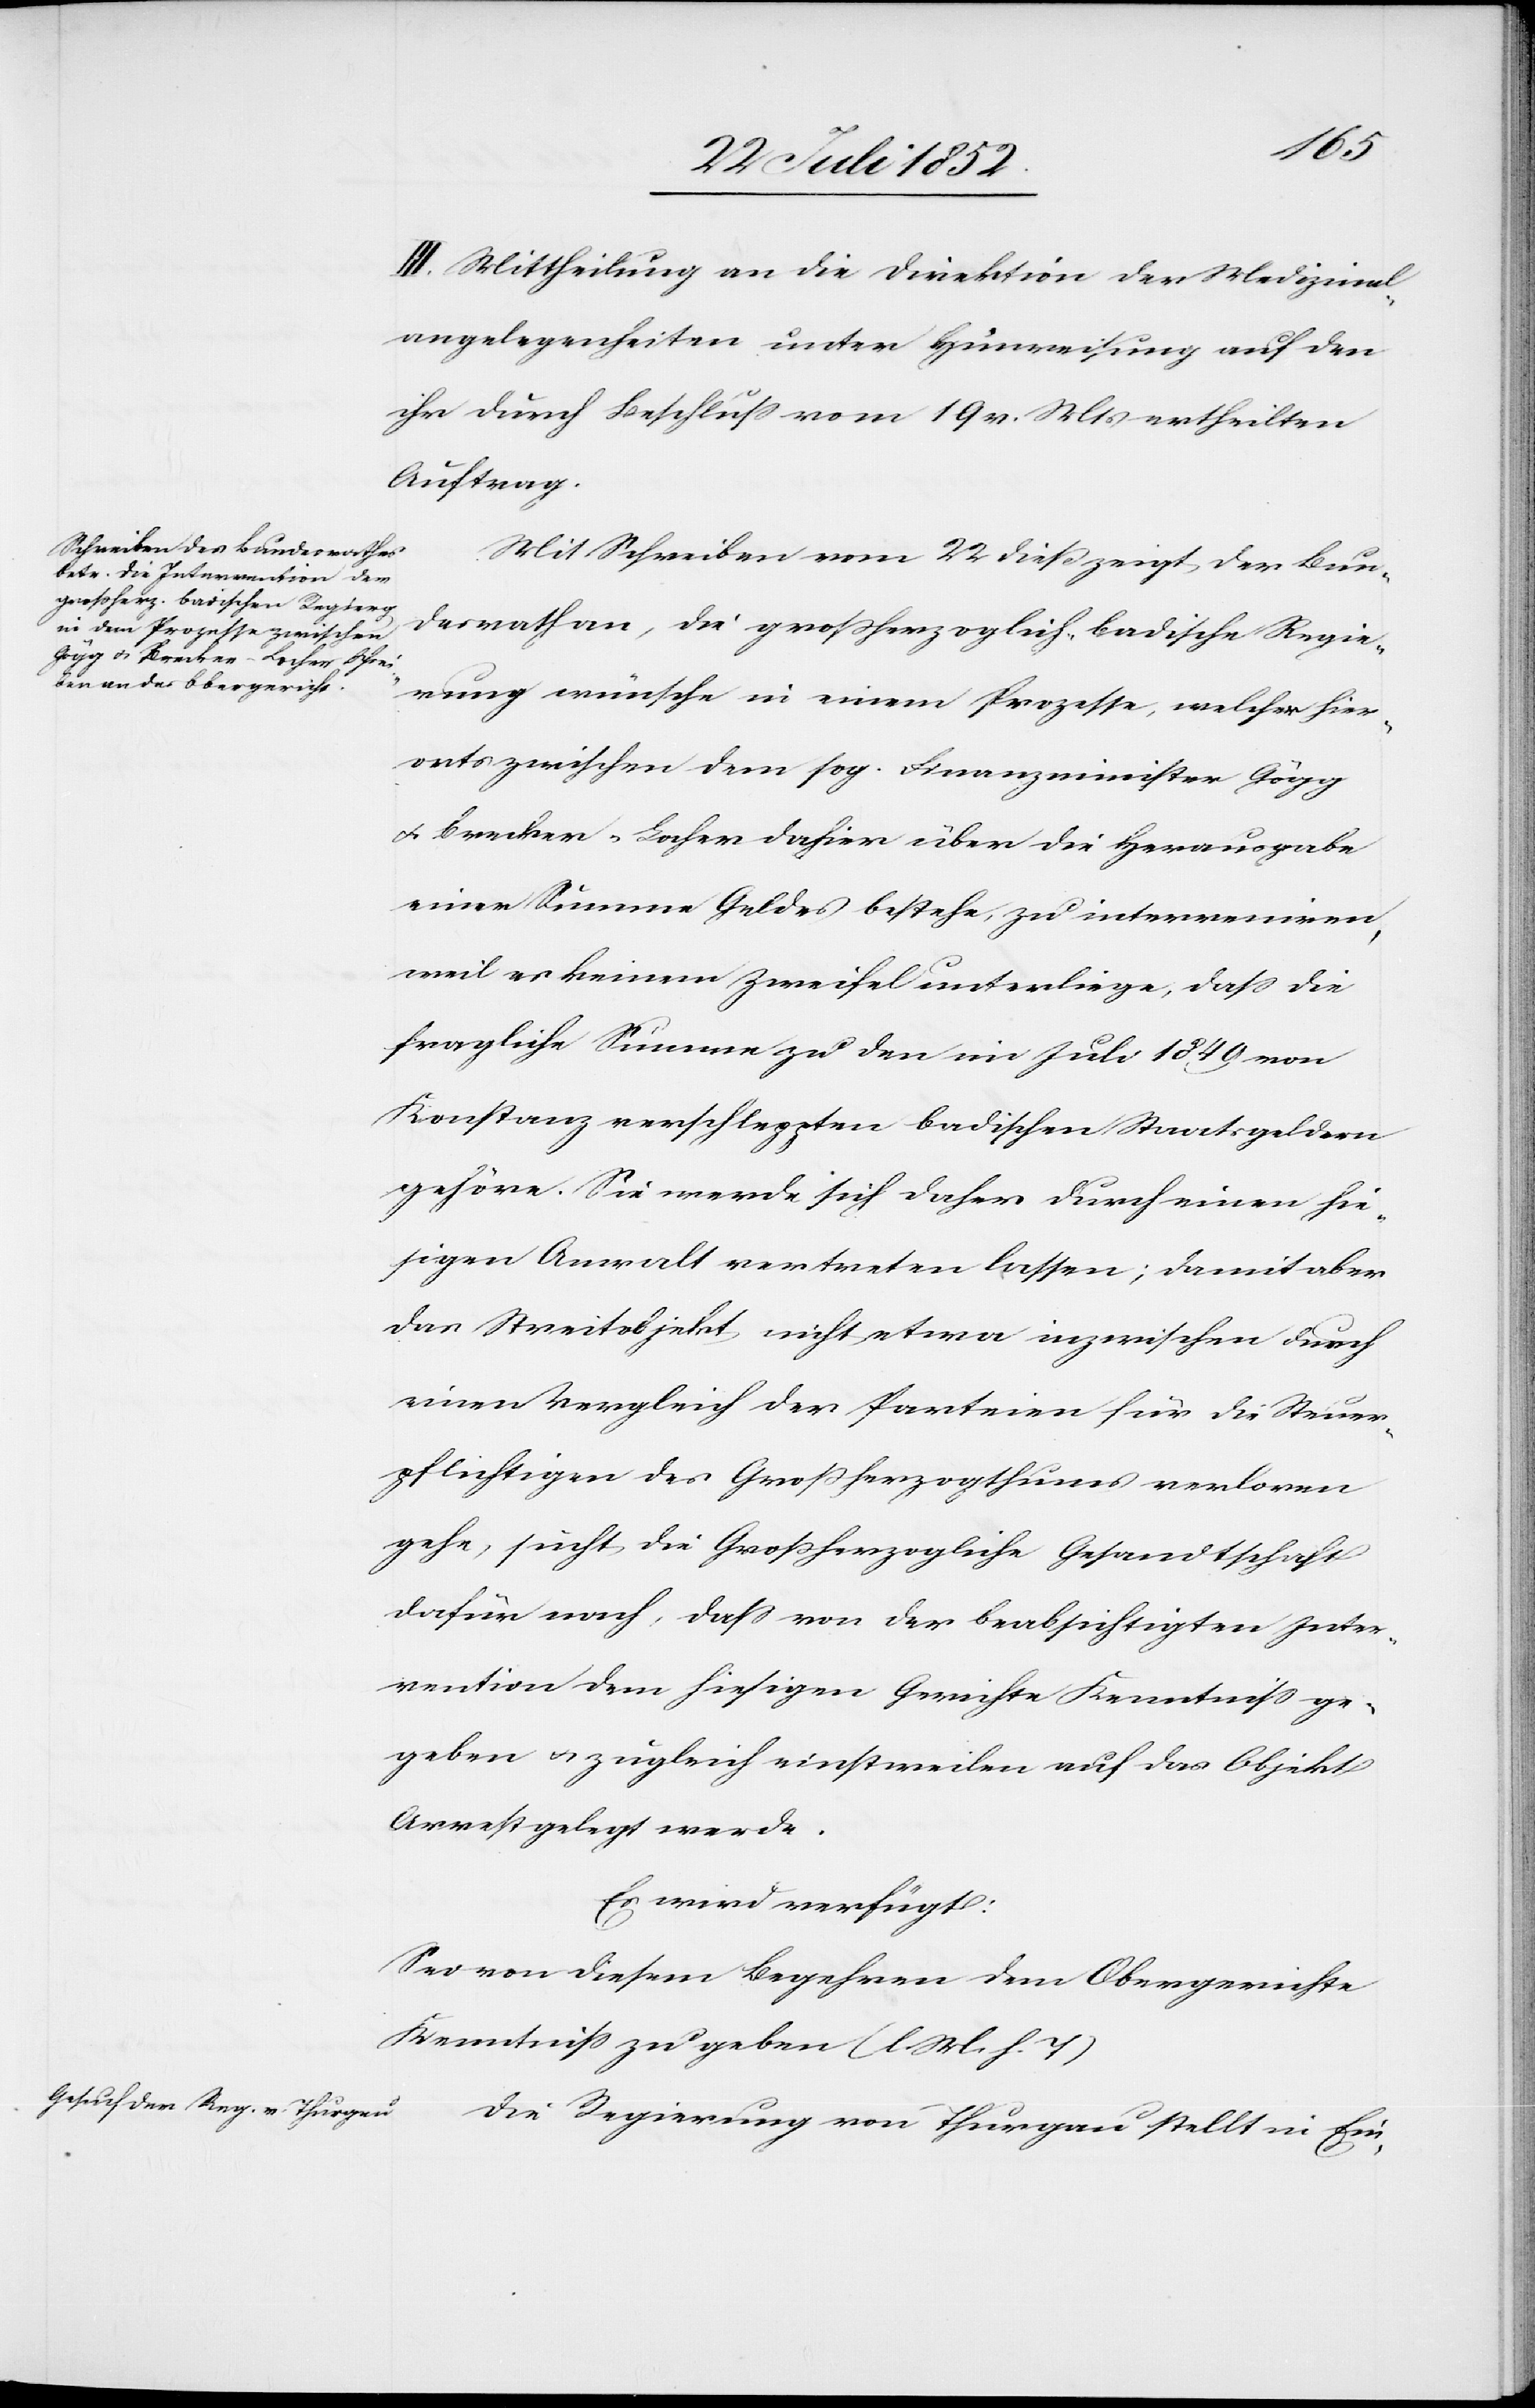
24. Juli 1852.]
III. Mittheilung an die Direktion der Medizinal¬
angelegenheiten unter Hinweisung auf den
ihr durch Beschluss vom 19 v. Mts ertheilten
Auftrag.
Mit Schreiben vom 22 dieß zeigt der Bun¬
desrath an, die grossherzoglich-badische Regie¬
rung wünsche in einem Prozeße, welcher hier¬
orts zwischen dem sog. Finanzminister Gögg
& Brecker-Locher dahier über die Herausgabe
einer Summe Geldes bestehe, zu interveniren,
weil es keinem Zweifel unterliege, dass die
fragliche Summe zu den im Juli 1849 von
Konstanz verschleppten badischen Staatsgeldern
gehöre. Sie werde sich daher durch einen hie¬
sigen Anwalt vertreten lassen; damit aber
das Streitobjekt nicht etwa inzwischen durch
einen Vergleich der Parteien für die Steuer¬
pflichtigen des Großherzogthums verloren
gehe, sucht die Großherzogliche Gesandtschaft
dafür nach, dass von der beabsichtigten Inter¬
vention dem hiesigen Gerichte Kenntniss ge¬
geben & zugleich einstweilen auf das Objekt
Arrest gelegt werde.
Es wird verfügt:
Sei von diesem Begehren dem Obergerichte
Kenntniss zu geben (l. M. h. T)[.]
Die Regierung von Thurgau stellt in Ein-